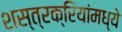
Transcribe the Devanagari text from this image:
शस्त्रक्रियांमध्ये